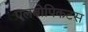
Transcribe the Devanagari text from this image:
एलबोपिकटस